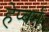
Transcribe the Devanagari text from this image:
हेप्बर्न